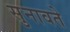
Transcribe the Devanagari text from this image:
सुनावते